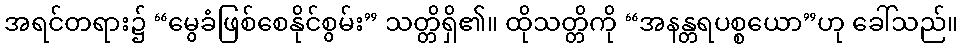
အရင်တရား၌ “မွေခံဖြစ်စေနိုင်စွမ်း” သတ္တိရှိ၏။ ထိုသတ္တိကို “အနန္တရပစ္စယော”ဟု ခေါ်သည်။